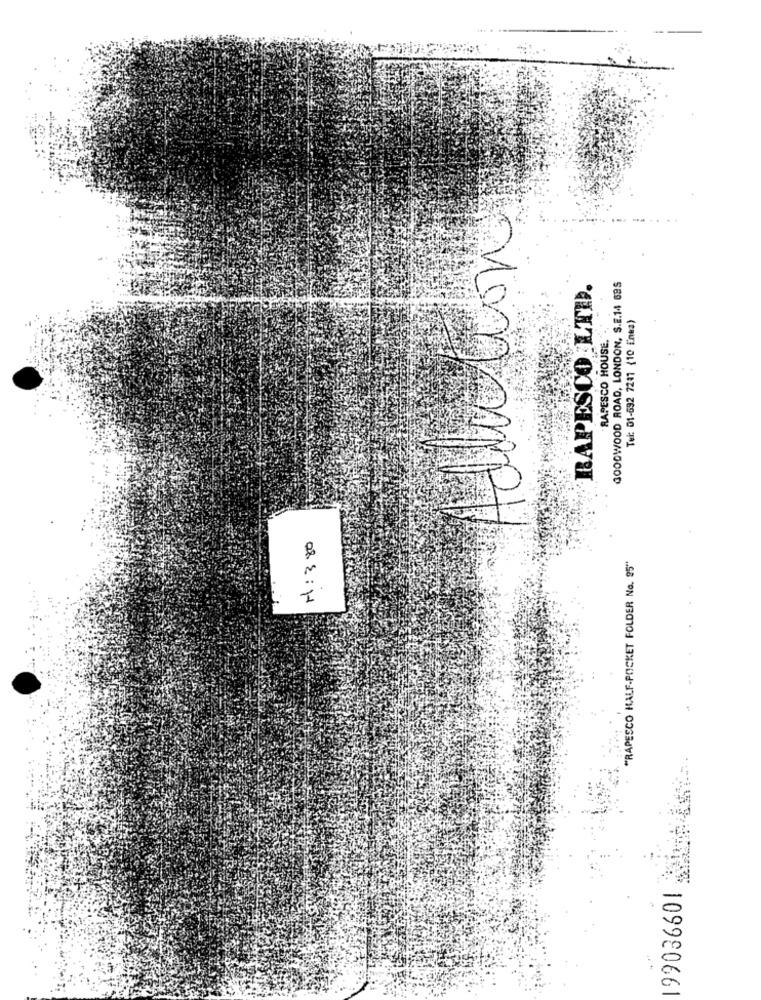
vizion
RAPESCO. LTD.
GOODWOOD ROAD, LONDON, S.E.14 695
Tel: 01-532 7237 (10 Enea)
"RAPESCO HOUSE. .. "
H : 3 80
""RAPESCO HALF-POCKET FOLDER No. 95"
199036601